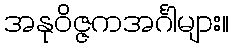
အနုဝိဇ္ဇကအင်္ဂါများ။